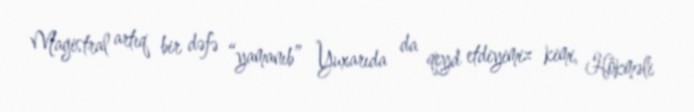
Magistral artıq bir dəfə “yamanıb” Yuxarıda da qeyd etdiyimiz kimi, Hökməli